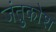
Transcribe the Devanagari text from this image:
जंतुकोश